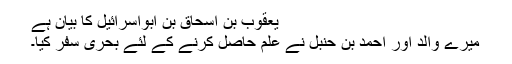
یعقوب بن اسحاق بن ابواسرائیل کا بیان ہے
میرے والد اور احمد بن حنبل نے علم حاصل کرنے کے لئے بحری سفر کیا۔